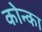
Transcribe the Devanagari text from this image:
कोन्का